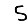
Digit: 5